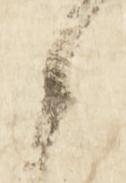
候